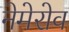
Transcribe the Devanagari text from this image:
नेमेरोव